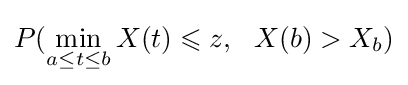
P(\min _{a\leq t\leq b}X(t)\leqslant z,\ \ X(b)>X_{b})